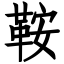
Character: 鞍